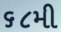
૬૮મી